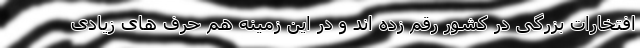
افتخارات بزرگی در کشور رقم زده اند و در این زمینه هم حرف های زیادی